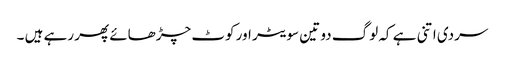
سردی اتنی ہے کہ لوگ دو تین سویٹر اور کوٹ چڑھائے پھر رہے ہیں ۔